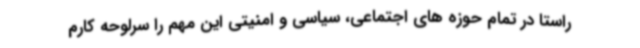
راستا در تمام حوزه های اجتماعی، سیاسی و امنیتی این مهم را سرلوحه کارم